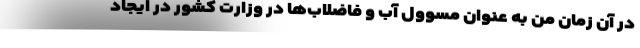
در آن زمان من به عنوان مسوول آب و فاضلاب‌ها در وزارت کشور در ایجاد